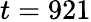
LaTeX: t=921